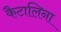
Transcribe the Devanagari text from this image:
कैटालिना